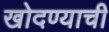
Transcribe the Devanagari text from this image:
खोदण्याची